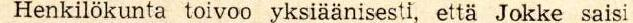
Henkilökunta toivoo yksiäänisesti, että Jokke saisi